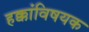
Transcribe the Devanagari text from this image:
हक्कांविषयक